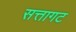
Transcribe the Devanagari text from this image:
सत्तागट